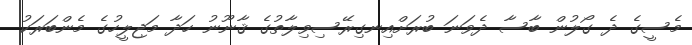
މެސީގެ ދެ ގޯލުން ބާސާ ދެވަނަ ބުރަށްއިނގިރޭސިވިލާތުގެ ޤާނޫނު ހަދާ މަޖިލީހުގެ މެންބަރަކު